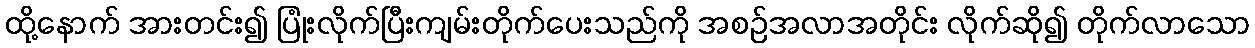
ထို့နောက် အားတင်း၍ ပြုံးလိုက်ပြီးကျမ်းတိုက်ပေးသည်ကို အစဉ်အလာအတိုင်း လိုက်ဆို၍ တိုက်လာသော